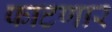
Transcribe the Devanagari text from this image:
फाटणार